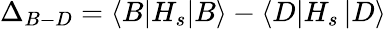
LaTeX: \Delta_{B-D}=\langle B\vert H_{s}\vert B\rangle-\langle D\vert H_{s}\left\vert D\right\rangle